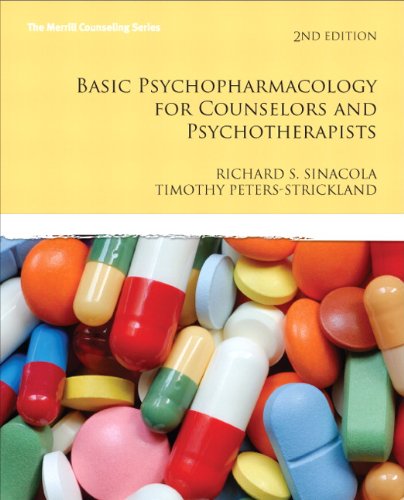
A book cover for Basic Psychopharmacology for Counselors and Psychotherapists (2nd Edition) (Merrill Counseling); Richard S. Sinacola; Medical Books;